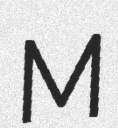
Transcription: M